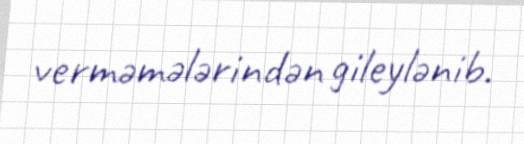
verməmələrindən gileylənib.